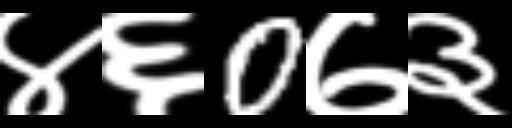
Text: ४६0७३